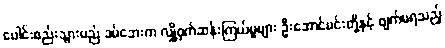
ပေါင်းစည်းသွားမည် ခမ်ဘေးက လျှို့ဝှက်ဆန်းကြယ်မှုများ ဦးအောင်မင်းတို့နှင့် ဖျက်မရသည့်